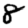
Digit: 8